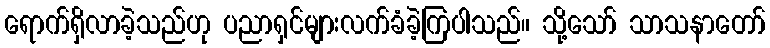
ရောက်ရှိလာခဲ့သည်ဟု ပညာရှင်များလက်ခံခဲ့ကြပါသည်။ သို့သော် သာသနာတော်